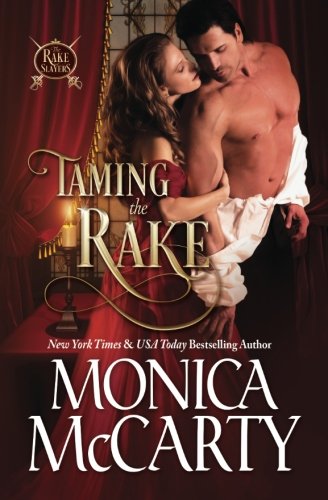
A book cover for Taming the Rake; Monica McCarty; Romance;